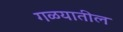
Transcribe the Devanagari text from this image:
गळयातील